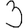
Digit: 3